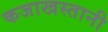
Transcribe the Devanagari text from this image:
कजाखस्तानी